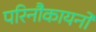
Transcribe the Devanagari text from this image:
परिनौकायनों